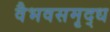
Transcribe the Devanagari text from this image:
वैभवसमृद्ध